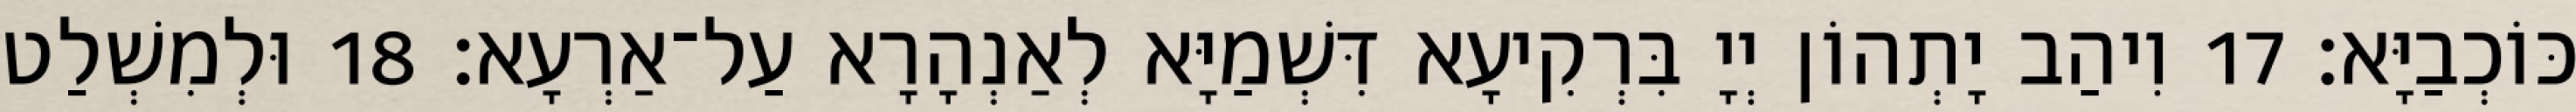
כּוֹכְבַיָּא׃ 17 וִיהַב יָתְהוֹן יְיָ בִּרְקִיעָא דִּשְׁמַיָּא לְאַנְהָרָא עַל־אַרְעָא׃ 18 וּלְמִשְׁלַט